Source: Handwritten
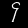
Digit: ၄ (4)